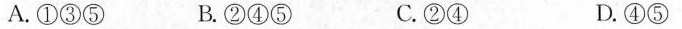
A.①③⑤ B.②④⑤ C.②④ D.④⑤